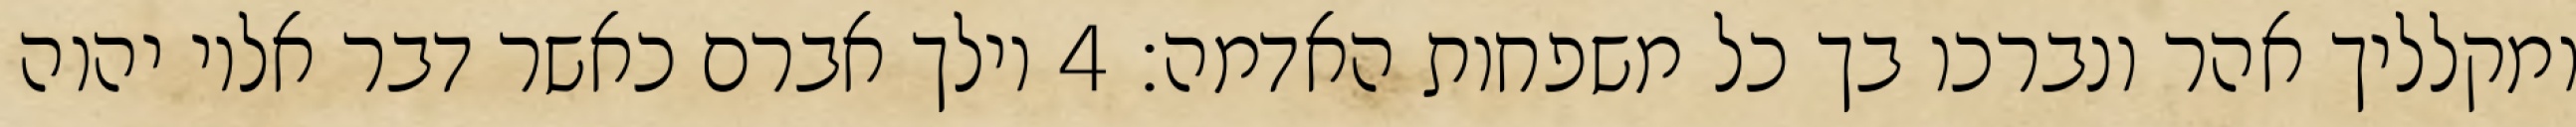
ומקלליך אהר ונברכו בך כל משפחות האדמה׃ ‎4‏ וילך אברם כאשר דבר אליו יהוה